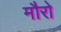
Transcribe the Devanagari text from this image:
मौरो